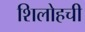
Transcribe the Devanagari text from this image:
शिलोहची